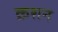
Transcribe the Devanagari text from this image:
क्रशन